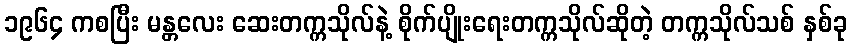
၁၉၆၄ ကစပြီး မန္တလေး ဆေးတက္ကသိုလ်နဲ့ စိုက်ပျိုးရေးတက္ကသိုလ်ဆိုတဲ့ တက္ကသိုလ်သစ် နှစ်ခု